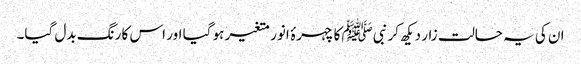
ان کی یہ حالت زار دیکھ کر نبیﷺ کا چہرۂ انور متغیر ہو گیا اور اس کا رنگ بدل گیا۔